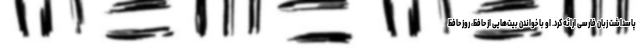
پاسداشت زبان فارسی ارائه کرد. او با خواندن بیت‌هایی از حافظ، روز حافظ